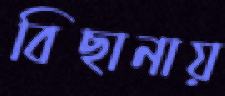
বিছানায়